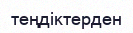
теңдіктерден